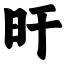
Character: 旰